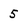
Character: 5